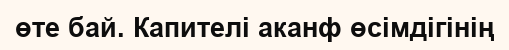
өте бай. Капителі аканф өсімдігінің